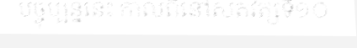
បច្ចុប្បន្ននេះ កាលពីនៅសតវត្សទី១០